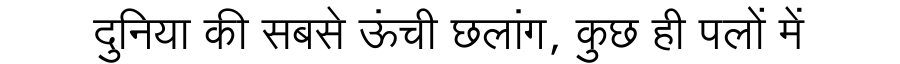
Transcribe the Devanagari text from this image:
दुनिया की सबसे ऊंची छलांग, कुछ ही पलों में